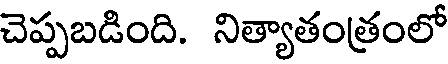
చెప్పబడింది. నిత్యాతంత్రంలో